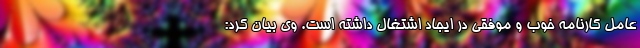
عامل کارنامه خوب و موفقی در ایجاد اشتغال داشته است. وی بیان کرد: